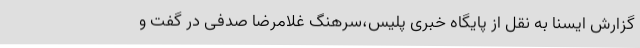
گزارش ایسنا به نقل از پایگاه خبری پلیس،سرهنگ غلامرضا صدفی در گفت و